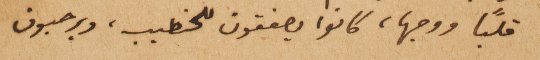
قلباً ووجها، كانوا يصفقون للخطيب، ويرحبون